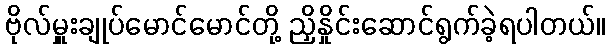
ဗိုလ်မှူးချုပ်မောင်မောင်တို့ ညှိနှိုင်းဆောင်ရွက်ခဲ့ရပါတယ်။